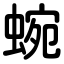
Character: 蜿